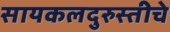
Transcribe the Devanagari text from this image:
सायकलदुरुस्तीचे